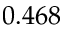
0 . 4 6 8